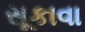
સૂકાવા